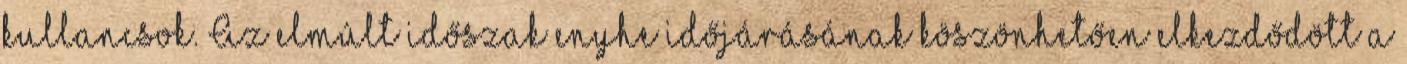
kullancsok. Az elmúlt időszak enyhe időjárásának köszönhetően elkezdődött a